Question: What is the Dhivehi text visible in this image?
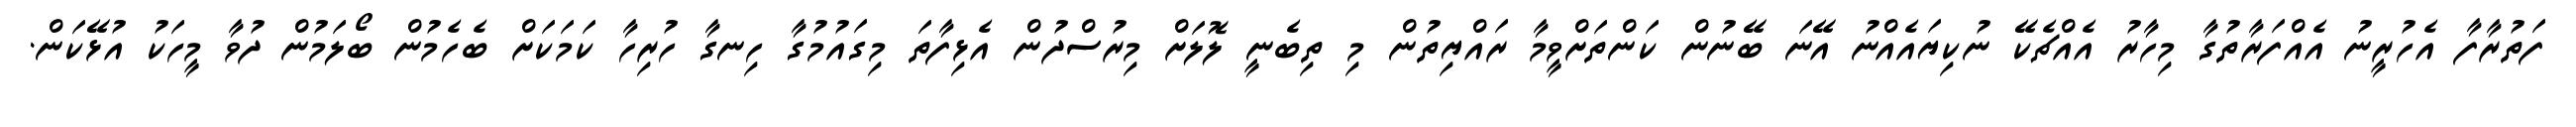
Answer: ފަތުރާފާ އެހުރީނު އެއްފަރާތުގާ މިހާރު އެއްޗެކޭ ނުކިޔައެއްނު އޭނަ ބޭނުން ކަންތަށްވީމާ ރައްޔިތުން މި ތިބެނީ ލޮލަށް މިރުސްދުން އެޅިފާތަ މިގައުމުގާ ހިނގާ ހުރިހާ ކަމަކަށް ބެހެމުން ބޯލަމުން ދުވާ މީހަކު އުޅޭކަން.